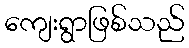
ကျေးရွာဖြစ်သည်